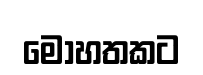
මොහතකට